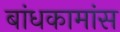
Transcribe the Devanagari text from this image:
बांधकामांस